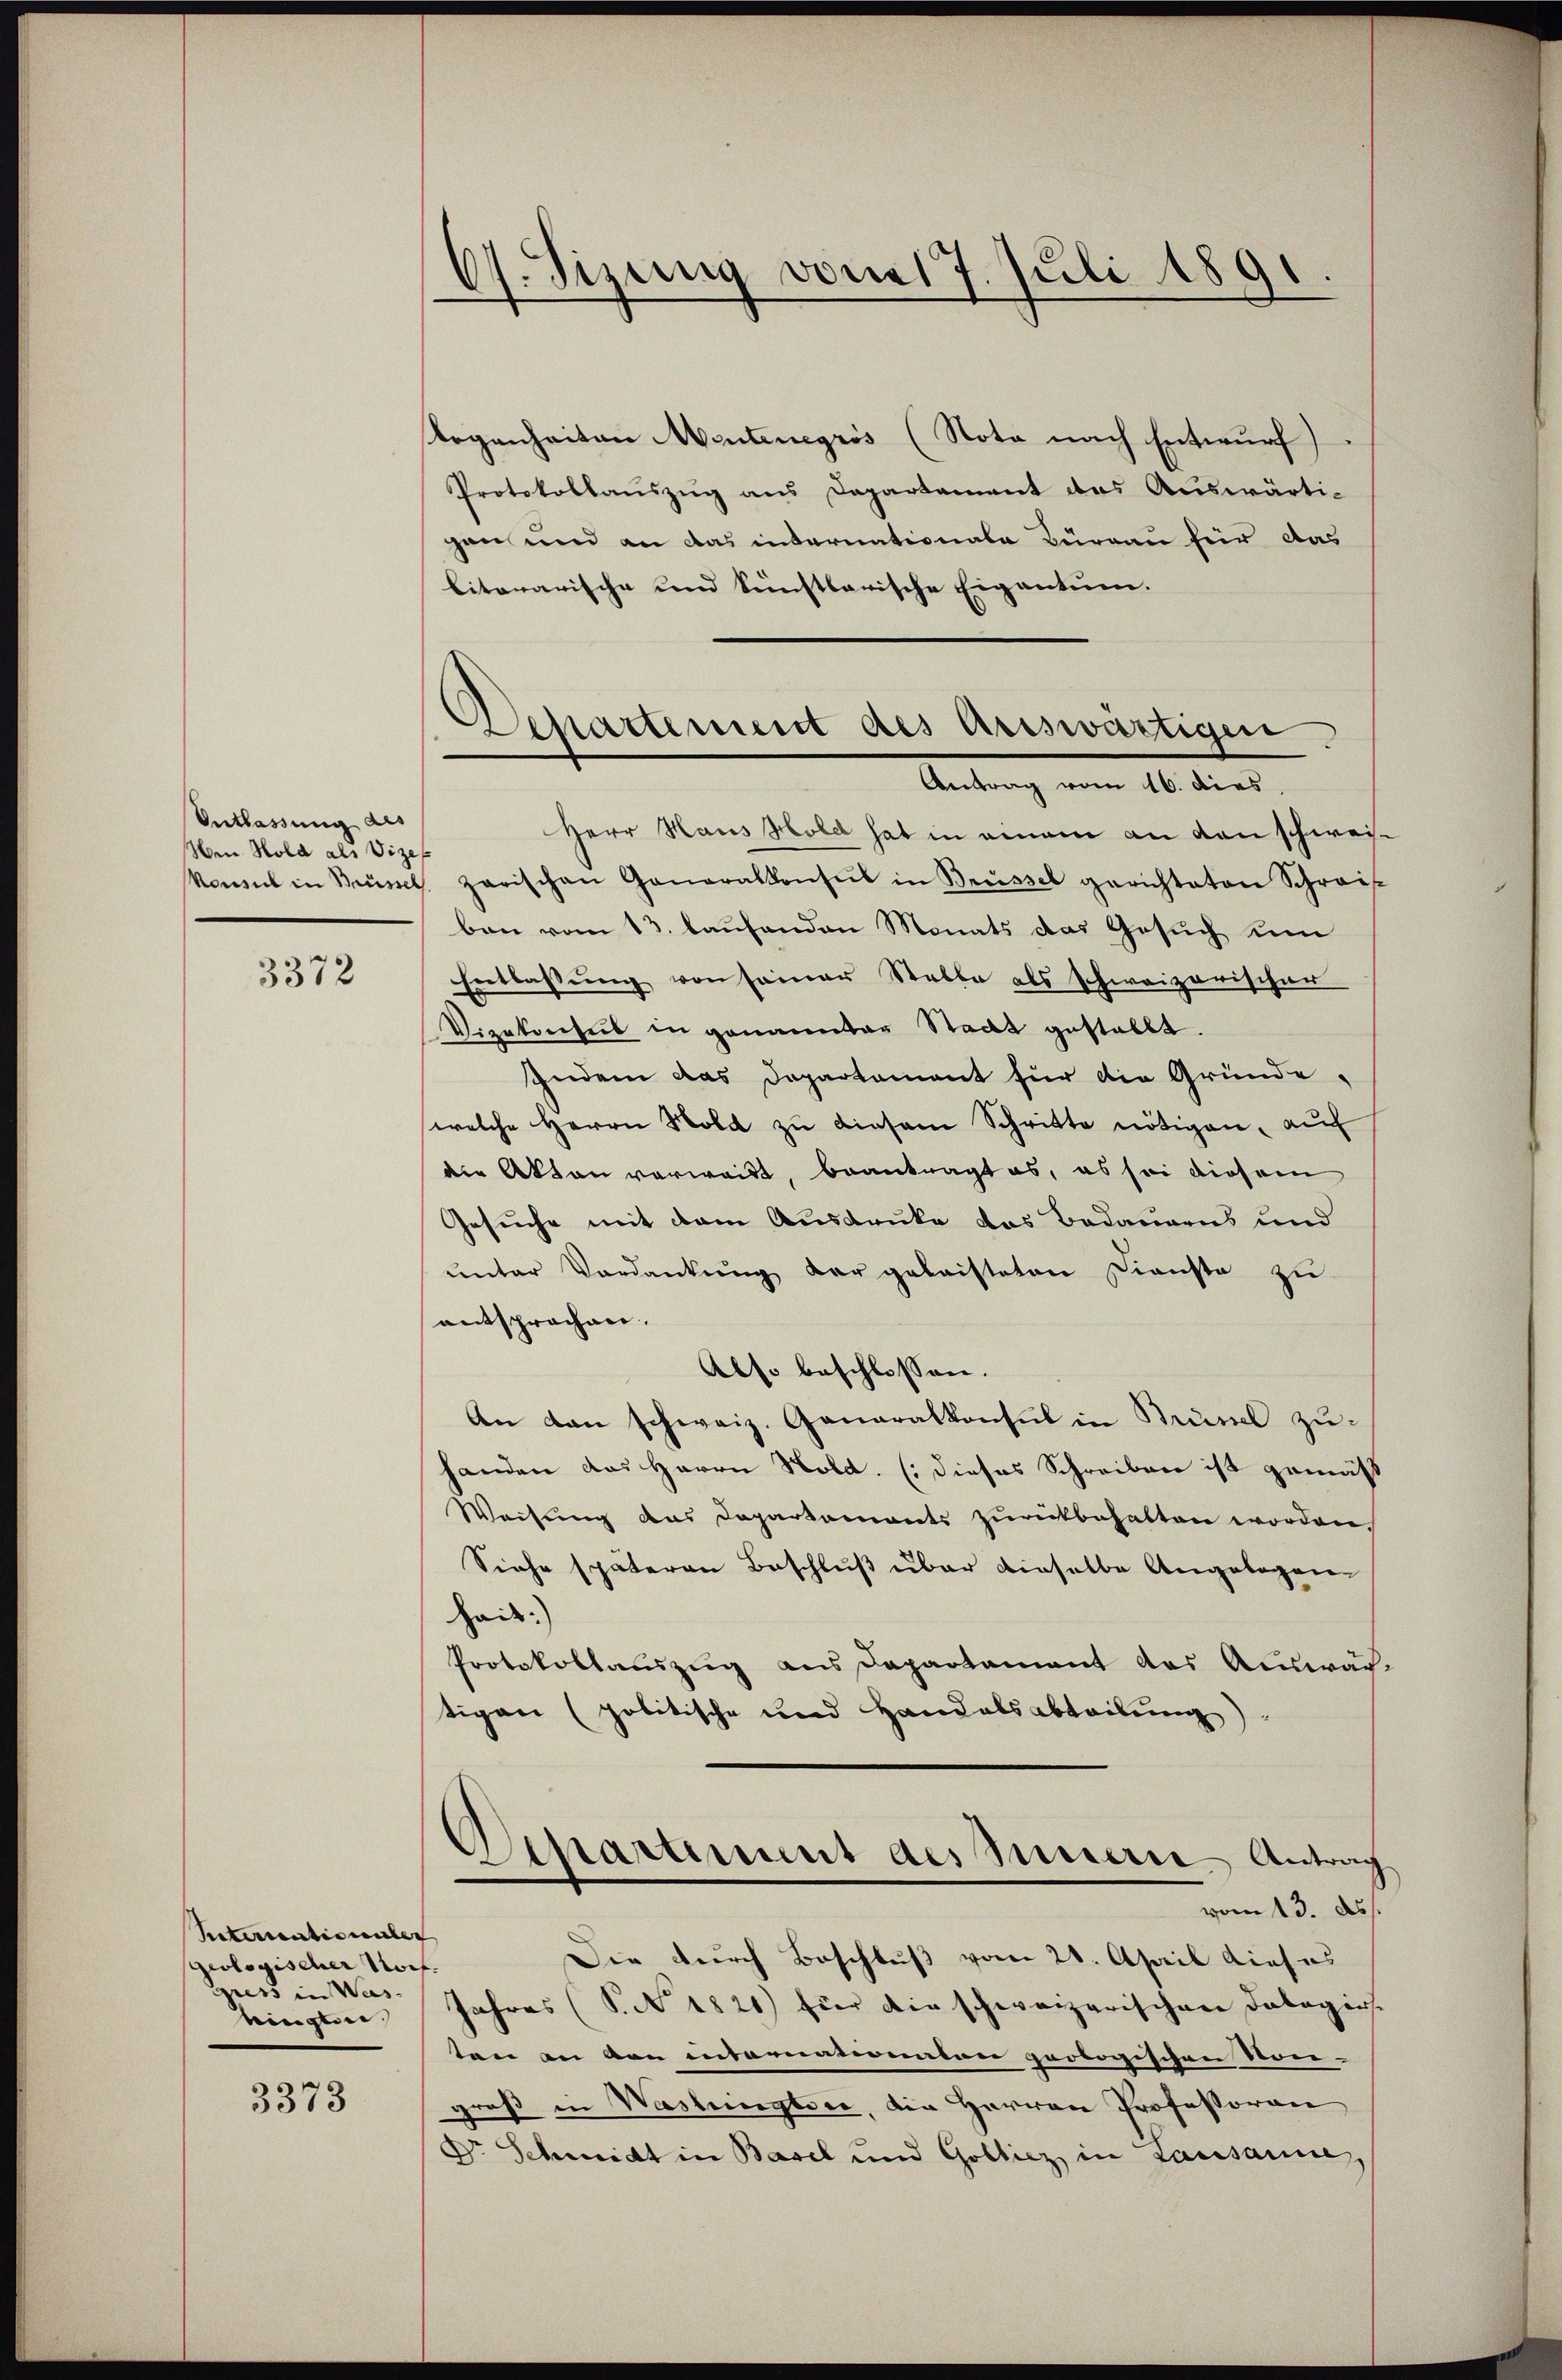
Entlassung des
Men Hold als Vizep

3372

Suterientio unter
geologischer Norf.
ress in Was
ringten.

3373

6. Sizung vom 17. Juli 1891.

Besattement des Auswärtigen
Antrag vom 16. dies

Regenheiten Mentenegrös (Nota nach Entwurf
Protokollauszug aus Departement des Auswärtigen und an das internationale Büreau für das
litararische und künstlerische Eigentum.
Herr Haus Hold hat in einem an den schwei¬
Nament in Brüsch zarischen Generalkonsul in Brüssel gerichteten Schreis
ben vom 13. laufenden Monats das Gesuch um
Entlassung von seiner Stable als schweizerischer
Vizekonsul in genannter Stadt gestellt.
Indem das Departement für die Gründe,
welche Herrn Nold zu diesem Schritte nötigen, auf
die Akten verweist, beantragt es, es sei diesem
Gesuche mit dem Ausdrüke das Bedauerns und
ŭnter Verdankŭng der geleisteten Dienste zu
entsprochen.
Also beschlossen.
An den schweiz. Generalkonsul in Brünel zu-
handen das Herrn Nold. (dieses Schreiben ist gemäß
Weisung das Departements zurückbehalten worden.
Siehe späteren Beschluß über dieselbe Angelegen-
heit:
Protokollauszug aus Departament das Auswärtigen (politische und Handelsabteilung)
Oepartement des Innern Antrag
vom 13. ds.
Die durch Beschluß vom 21. April dieses
Jahres (S. No. 1821) für die schweizerischen Dalogie.
ten an den interendermalen poologischen Strei-
groß in Washingtone, die Herren Professoren
Dr. Schmidt in Basel und Gollicz in Lausanne,